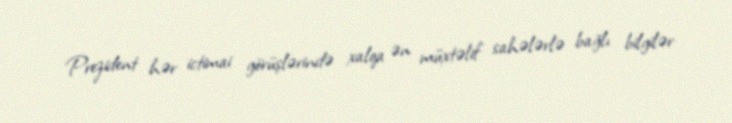
Prezident hər ictimai görüşlərində xalqa ən müxtəlif sahələrlə bağlı bilgilər